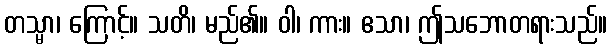
တသ္မာ၊ ကြောင့်။ သတိ၊ မည်၏။ ဝါ၊ ကား။ ဧသာ၊ ဤသဘောတရားသည်။